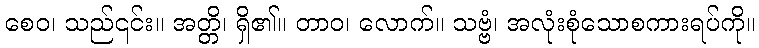
စေဝ၊ သည်၎င်း။ အတ္တိ၊ ရှိ၏။ တာဝ၊ လောက်။ သဗ္ဗံ၊ အလုံးစုံသောစကားရပ်ကို။